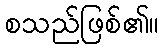
စသည်ဖြစ်၏။